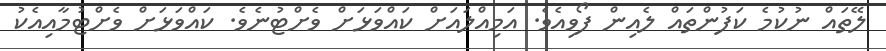
ލޭތައް ނުކުމެ ކަފުންތައް ލެއިން ފޯވިއެވެ. އަމިއްލައަށް ކައްވަޅަށް ވެށްޓުނެވެ. ކައްވަޅަށް ވެށްޓުމާއިއެކު